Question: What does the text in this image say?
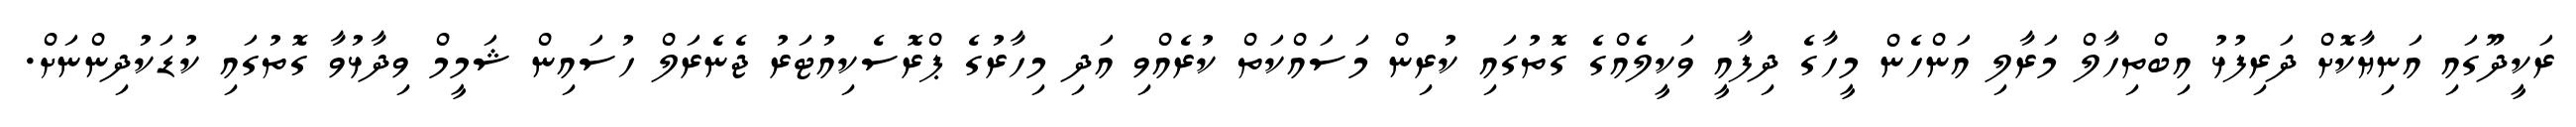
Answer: ރަކީދޫގައި އަނިޔާކޮށް ދަރިފުޅު އިބްތިހާލް މަރާލި އަންހެން މީހާގެ ދިފާއީ ވަކީލެއްގެ ގޮތުގައި ކުރިން މަސައްކަތް ކުރެއްވި އަދި މިހާރުގެ ޕްރޮސެކިއުޓަރު ޖެނެރަލް ހުސައިން ޝަމީމް ވިދާޅުވާ ގޮތުގައި ކުޑަކުދިންނަށް.